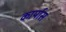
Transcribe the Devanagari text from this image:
कार्पास